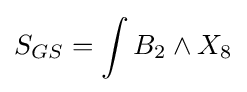
S_{GS}=\int B_{2}\wedge X_{8}